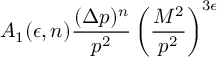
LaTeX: A _ { 1 } ( \epsilon , n ) \frac { ( \Delta p ) ^ { n } } { p ^ { 2 } } \left( \frac { M ^ { 2 } } { p ^ { 2 } } \right) ^ { 3 \epsilon }